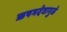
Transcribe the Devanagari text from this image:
ऋषभदेवामुळे